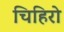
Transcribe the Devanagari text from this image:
चिहिरो